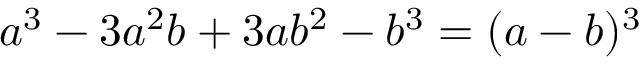
a ^ { 3 } - 3 a ^ { 2 } b + 3 a b ^ { 2 } - b ^ { 3 } = ( a - b ) ^ { 3 }